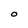
Character: O